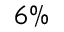
6 \%